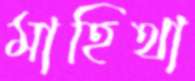
মাহিথা